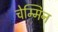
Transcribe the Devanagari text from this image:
चेम्मिन